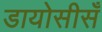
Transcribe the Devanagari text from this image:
डायोसीसँ